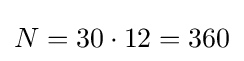
N=30\cdot 12=360